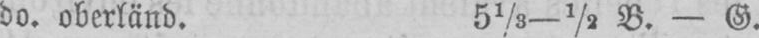
do. oberländ. 51/5-½ B. - G.